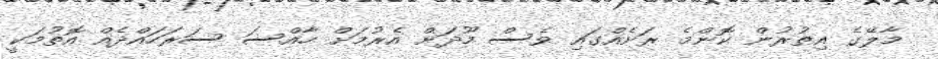
މާލޭގެ އިތުރުން ކޮންމެ ރަށެއްގައި ވެސް މޫދަށް އެރުމަށް ހާއްސަ ސަރަހައްދެއް އޮތުމަކީ